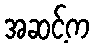
အဆင့်က